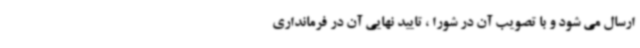
ارسال می شود و با تصویب آن در شورا ، تایید نهایی آن در فرمانداری